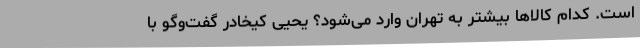
است. کدام کالاها بیشتر به تهران وارد می‌شود؟ یحیی کیخادر گفت‌وگو با